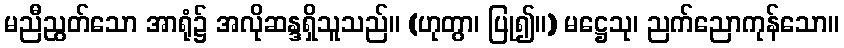
မညီညွတ်သော အာရုံ၌ အလိုဆန္ဒရှိသူသည်။ (ဟုတွာ၊ ပြု၍။) မဋ္ဌေသု၊ ညက်ညောကုန်သော။